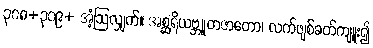
၃၀၈+၃၀၉+ အံ့ဩလျှက်။ အစ္ဆရိယဗ္ဘူတဇာတော၊ လက်ဖျစ်ခတ်ကျူး၍